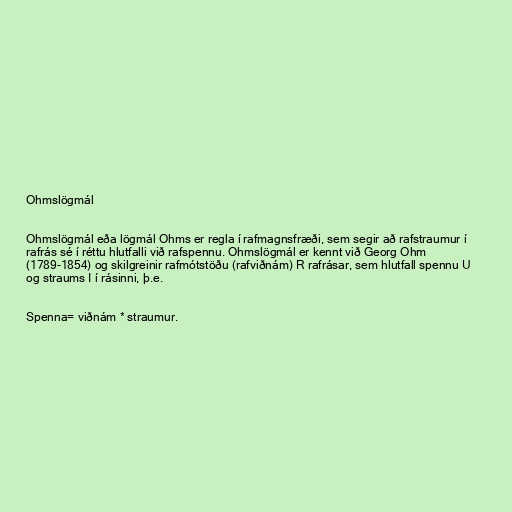
Ohmslögmál

Ohmslögmál eða lögmál Ohms er regla í rafmagnsfræði, sem segir að rafstraumur í
rafrás sé í réttu hlutfalli við rafspennu. Ohmslögmál er kennt við Georg Ohm
(1789-1854) og skilgreinir rafmótstöðu (rafviðnám) R rafrásar, sem hlutfall spennu U
og straums I í rásinni, þ.e.

Spenna= viðnám * straumur.